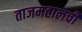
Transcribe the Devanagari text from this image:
ताजमहालची